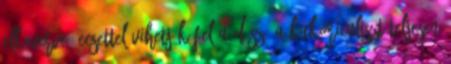
elkeverve, ecsettel vihetjük fel a díszí A kukoricaliszt teljesen